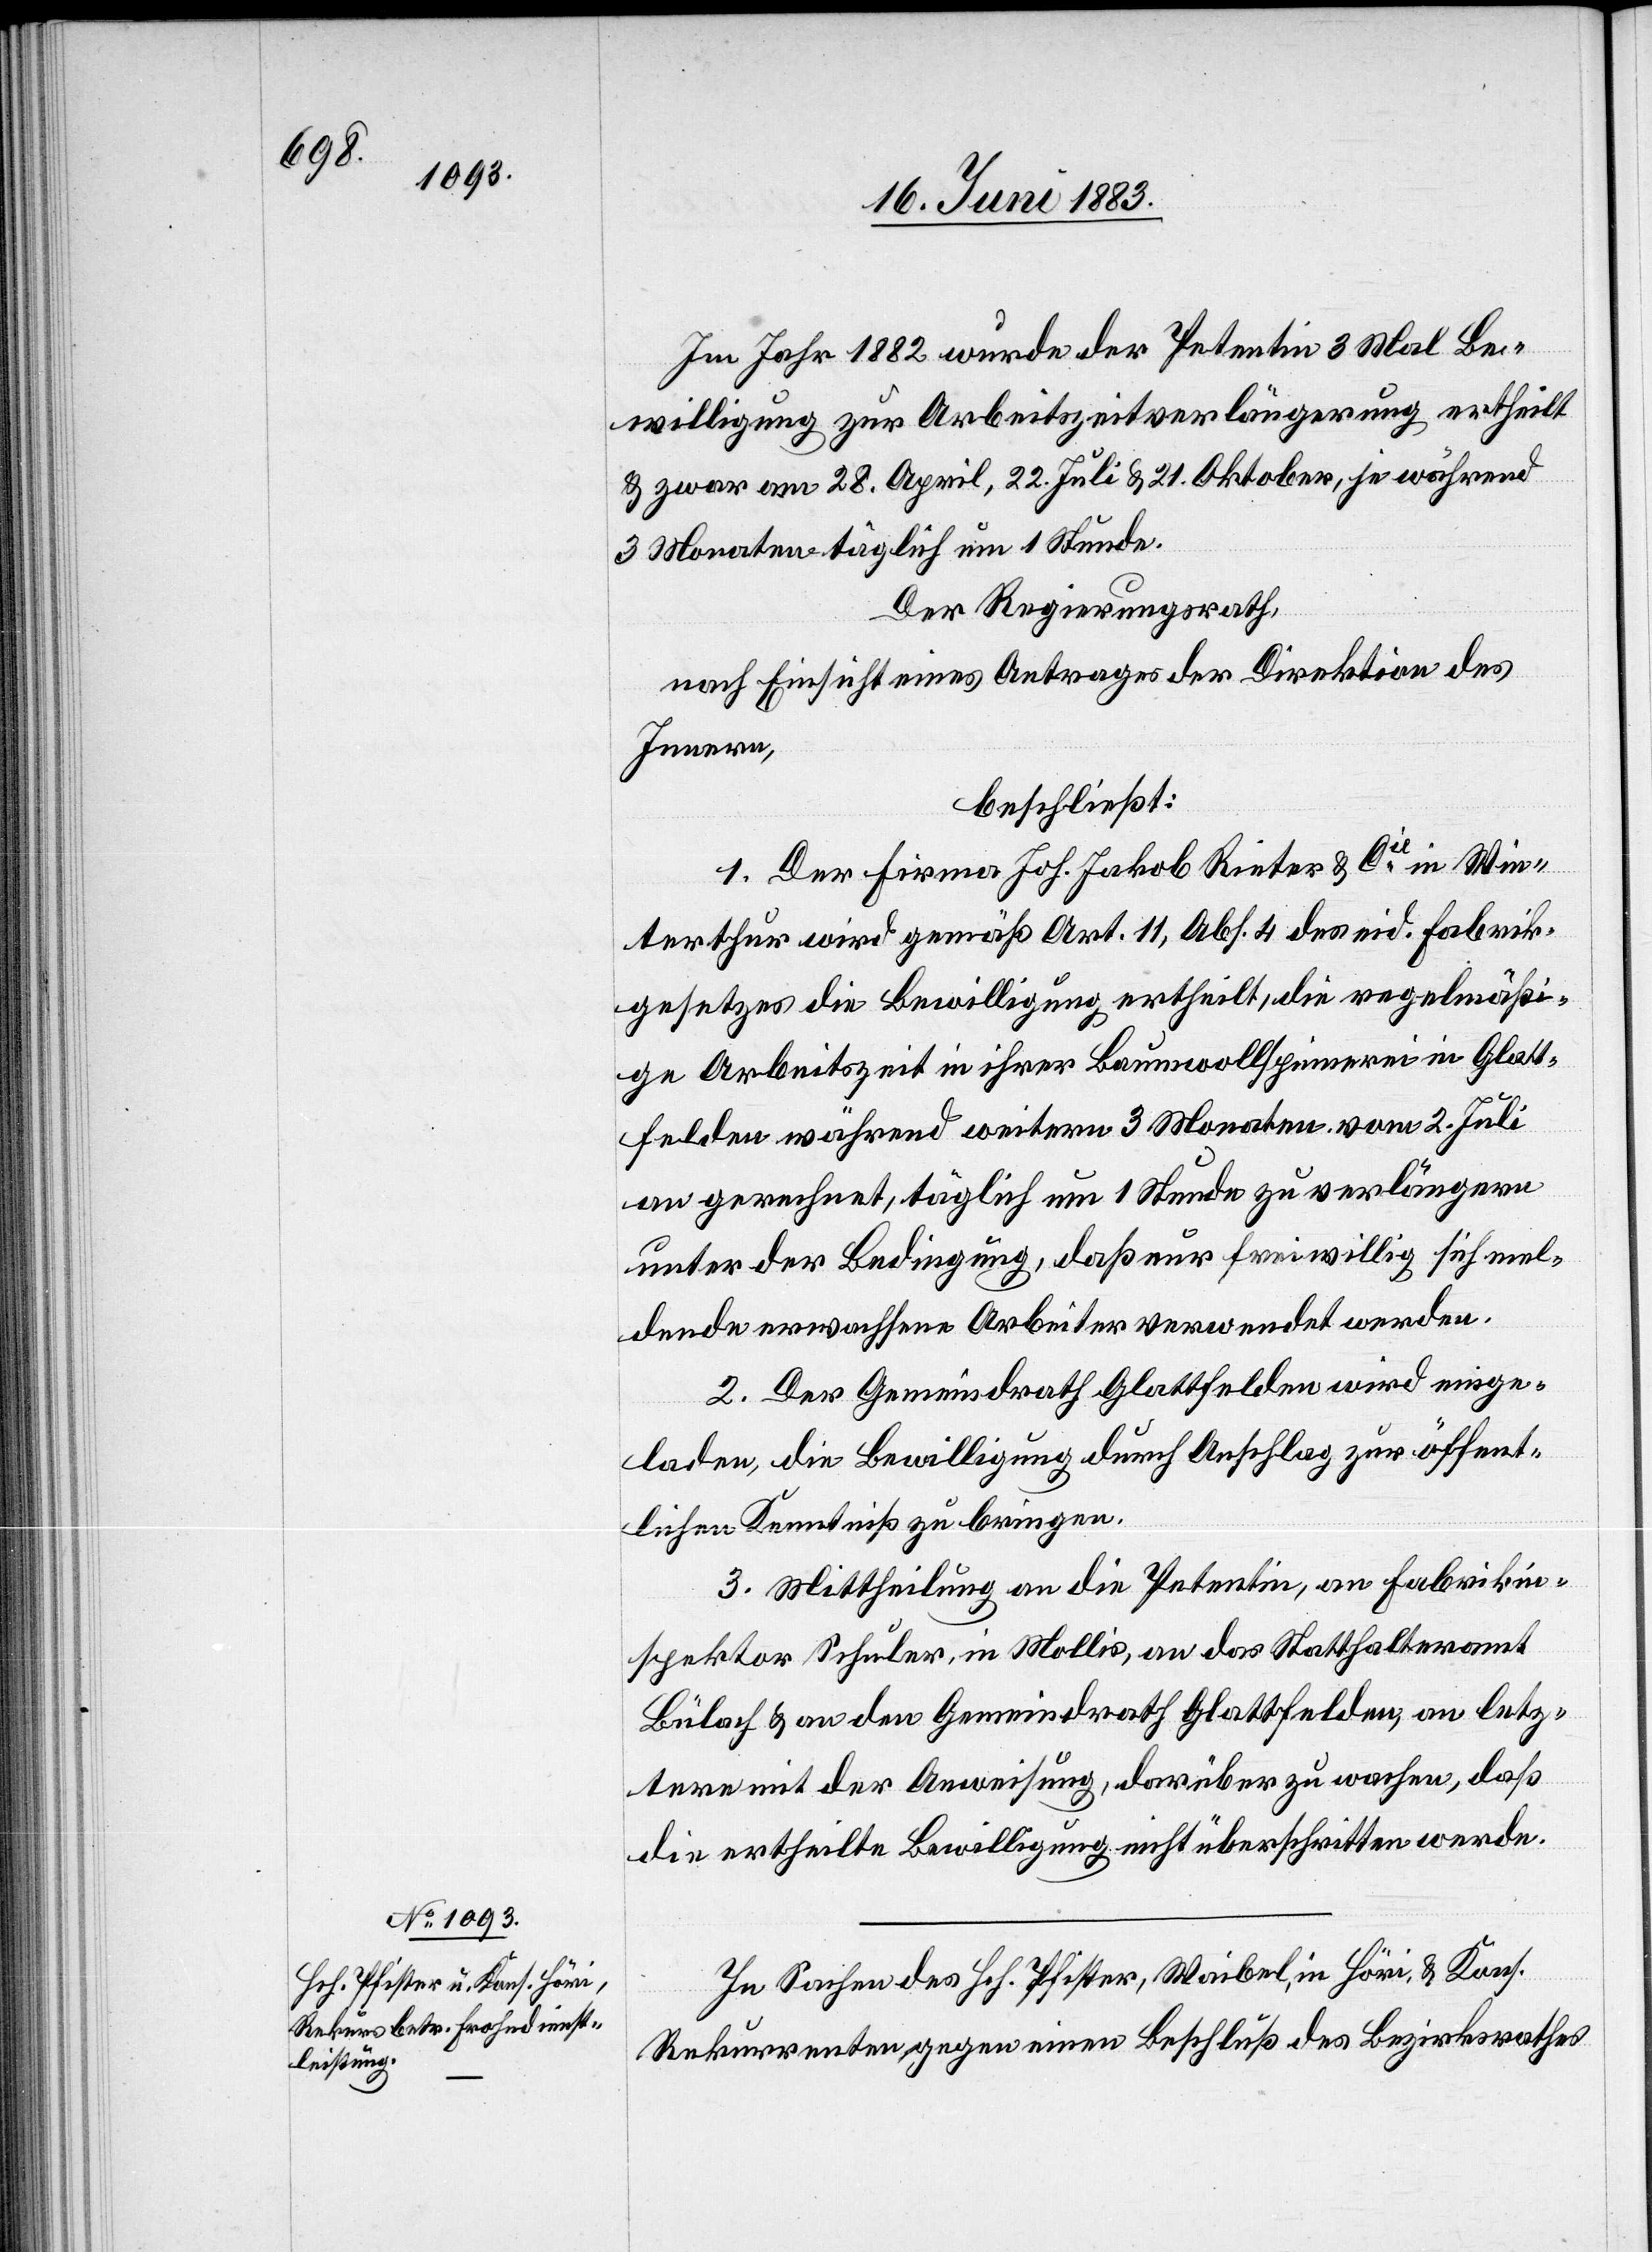
Im Jahr 1882 wurde der Petentin 3 Mal Be¬
willigung zur Arbeitszeitverlängerung ertheilt
& zwar am 28. April, 22. Juli & 21. Oktober, je während
3 Monaten täglich um 1 Stunde.
Der Regierungsrath,
nach Einsicht eines Antrages der Direktion des
Innern,
beschließt:
1. Der Firma Joh. Jakob Rieter & Cie in Win¬
terthur wird gemäß Art. 11, Abs. 4 des eid. Fabrik¬
gesetzes die Bewilligung ertheilt, die regelmäßi¬
ge Arbeitszeit in ihrer Baumwollspinnerei in Glatt¬
felden während weitern 3 Monaten vom 2. Juli
an gerechnet, täglich um 1 Stunde zu verlängern
unter der Bedingung, daß nur freiwillig sich mel¬
dende erwachsene Arbeiter verwendet werden.
2. Der Gemeindrath Glattfelden wird einge¬
laden, die Bewilligung durch Anschlag zur öffent¬
lichen Kenntniß zu bringen.
3. Mittheilung an die Petentin, an Fabrikin¬
spektor Schuler, in Mollis, an das Statthalteramt
Bülach & an den Gemeindrath Glattfelden, an letz¬
tere mit der Anweisung, darüber zu wachen, daß
die ertheilte Bewilligung nicht überschritten werde.
In Sachen des Hch. Pfister, Waibel, in Höri, & Kons.
Rekurrenten gegen einen Beschluß des Bezirksrathes